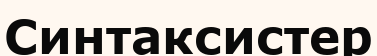
Синтаксистер